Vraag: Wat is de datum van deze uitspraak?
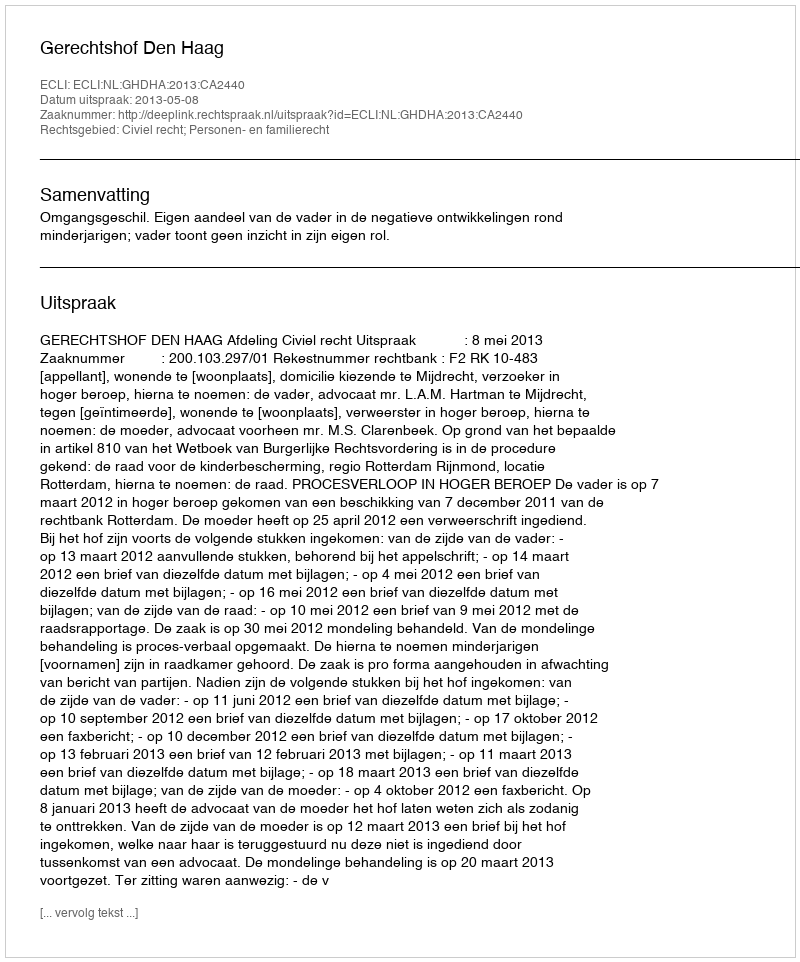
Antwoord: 2013-05-08